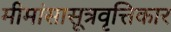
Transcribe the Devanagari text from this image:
मीमांसासूत्रवृत्तिकार